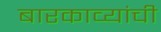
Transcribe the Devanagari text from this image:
बारकाव्यांची